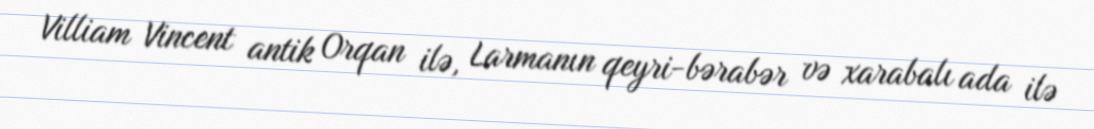
Villiam Vincent antik Orqan ilə, Larmanın qeyri-bərabər və xarabalı ada ilə